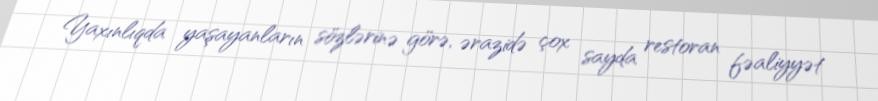
Yaxınlıqda yaşayanların sözlərinə görə, ərazidə çox sayda restoran fəaliyyət